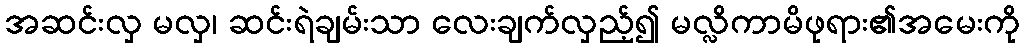
အဆင်းလှ မလှ၊ ဆင်းရဲချမ်းသာ လေးချက်လှည့်၍ မလ္လိကာမိဖုရား၏အမေးကို